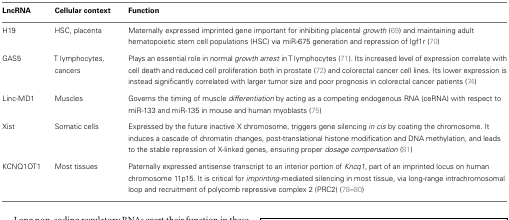
<table><thead><tr><td><b>LncRNA</b></td><td><b>Cellular context</b></td><td><b>Function</b></td></tr></thead><tbody><tr><td>H19</td><td>HSC, placenta</td><td>Maternally expressed imprinted gene important for inhibiting placental <i>growth</i> (69) and maintaining adult hematopoietic stem cell populations (HSC) via miR-675 generation and repression of Igf1r (70)</td></tr><tr><td>GAS5</td><td>T lymphocytes, cancers</td><td>Plays an essential role in normal <i>growth arrest</i> in T lymphocytes (71). Its increased level of expression correlate with cell death and reduced cell proliferation both in prostate (72) and colorectal cancer cell lines. Its lower expression is instead significantly correlated with larger tumor size and poor prognosis in colorectal cancer patients (74)</td></tr><tr><td>Linc-MD1</td><td>Muscles</td><td>Governs the timing of muscle <i>differentiation</i> by acting as a competing endogenous RNA (ceRNA) with respect to miR-133 and miR-135 in mouse and human myoblasts (75)</td></tr><tr><td>Xist</td><td>Somatic cells</td><td>Expressed by the future inactive X chromosome, triggers gene silencing <i>in cis</i> by coating the chromosome. It induces a cascade of chromatin changes, post-translational histone modification and DNA methylation, and leads to the stable repression of X-linked genes, ensuring proper <i>dosage compensation</i> (81)</td></tr><tr><td>KCNQ1OT1</td><td>Most tissues</td><td>Paternally expressed antisense transcript to an interior portion of <i>Kncq1</i>, part of an imprinted locus on human chromosome 11p15. It is critical for <i>imprinting</i>-mediated silencing in most tissue, via long-range intrachromosomal loop and recruitment of polycomb repressive complex 2 (PRC2) (78–80)</td></tr></tbody></table>